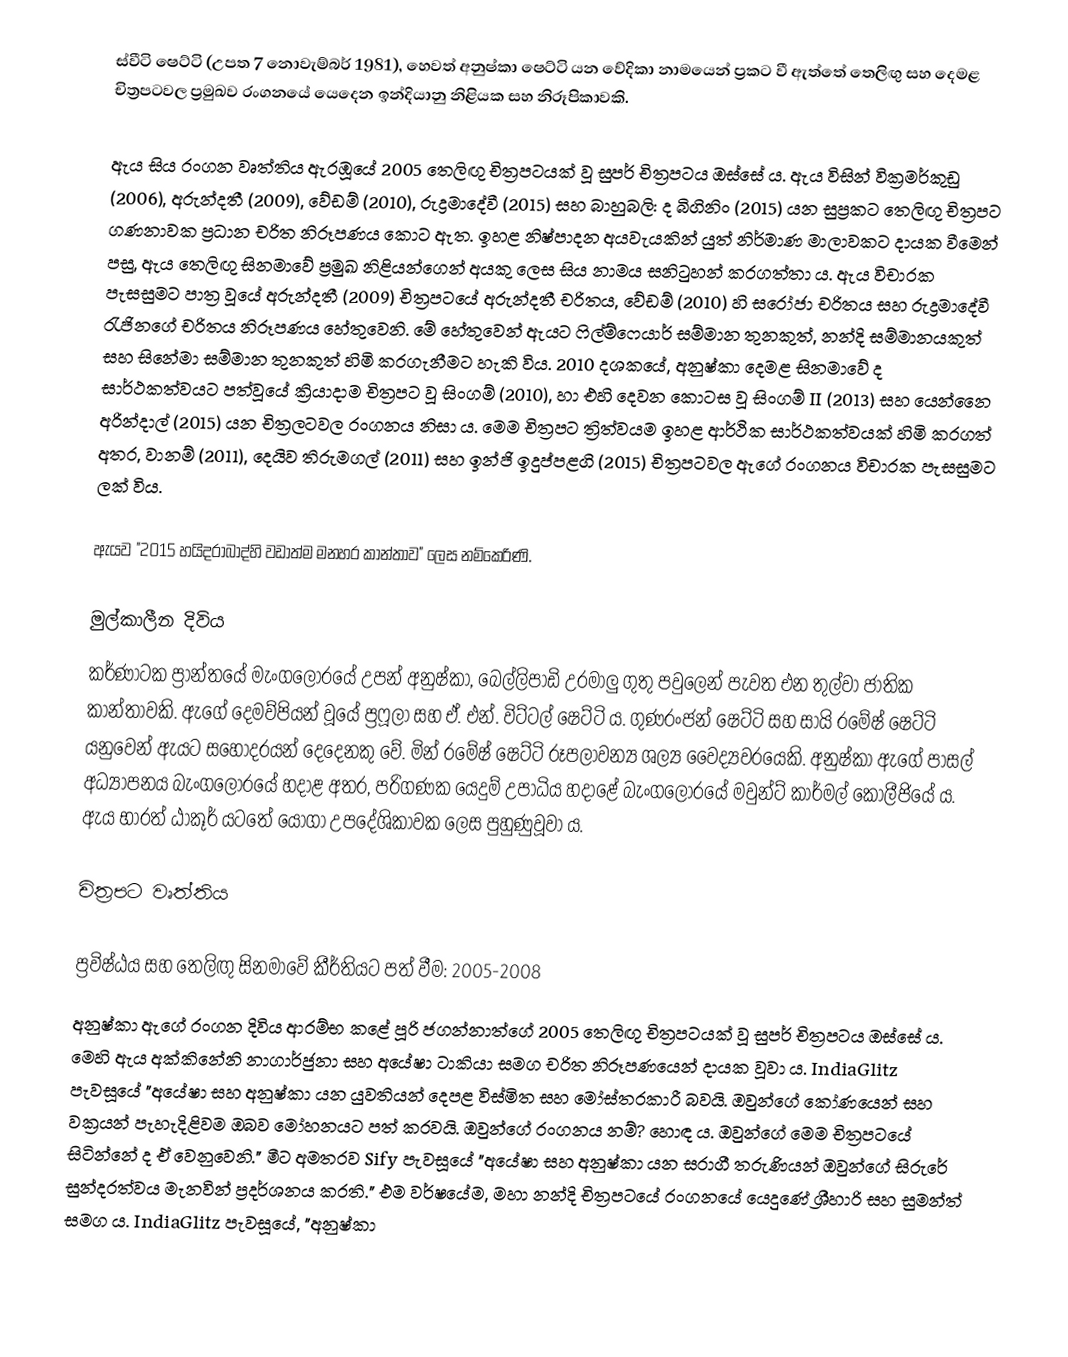
ස්වීටි ෂෙට්ටි (උපත 7 නොවැම්බර් 1981), හෙවත් අනුෂ්කා ෂෙට්ටි යන වේදිකා නාමයෙන් ප්‍රකට වී ඇත්තේ තෙලිඟු සහ දෙමළ චිත්‍රපටවල ප්‍රමුඛව රංගනයේ යෙදෙන ඉන්දියානු නිළියක සහ නිරූපිකාවකි.

ඇය සිය රංගන වෘත්තිය ඇරඹූයේ 2005 තෙලිඟු චිත්‍රපටයක් වූ සුපර් චිත්‍රපටය ඔස්සේ ය. ඇය විසින් වික්‍රමර්කුඩු (2006), අරුන්දතී (2009), වේඩම් (2010), රුද්‍රමාදේවී (2015) සහ බාහුබලි: ද බිගිනිං (2015) යන සුප්‍රකට තෙලිඟු චිත්‍රපට ගණනාවක ප්‍රධාන චරිත නිරූපණය කොට ඇත. ඉහළ නිෂ්පාදන අයවැයකින් යුත් නිර්මාණ මාලාවකට දායක වීමෙන් පසු, ඇය තෙලිඟු සිනමාවේ ප්‍රමුඛ නිළියන්ගෙන් අයකු ලෙස සිය නාමය සනිටුහන් කරගත්තා ය. ඇය විචාරක පැසසුමට පාත්‍ර වූයේ අරුන්දතී (2009) චිත්‍රපටයේ අරුන්දතී චරිතය, වේඩම් (2010) හි සරෝජා චරිතය සහ රුද්‍රමාදේවී රැජිනගේ චරිතය නිරූපණය හේතුවෙනි. මේ හේතුවෙන් ඇයට ෆිල්ම්ෆෙයාර් සම්මාන තුනකුත්, නන්දි සම්මානයකුත් සහ සිනේමා සම්මාන තුනකුත් හිමි කරගැනීමට හැකි විය. 2010 දශකයේ, අනුෂ්කා දෙමළ සිනමාවේ ද සාර්ථකත්වයට පත්වූයේ ක්‍රියාදාම චිත්‍රපට වූ සිංගම් (2010), හා එහි දෙවන කොටස වූ සිංගම් II (2013) සහ යෙන්නෛ අරින්දාල් (2015) යන චිත්‍රලටවල රංගනය නිසා ය. මෙම චිත්‍රපට ත්‍රිත්වයම ඉහළ ආර්ථික සාර්ථකත්වයක් හිමි කරගත් අතර, වානම් (2011), දෙයිව තිරුමගල් (2011) සහ ඉන්ජි ඉදුප්පළගි (2015) චිත්‍රපටවල ඇගේ රංගනය විචාරක පැසසුමට ලක් විය.

ඇයව "2015 හයිදරාබාද්හි වඩාත්ම මනහර කාන්තාව" ලෙස නම්කෙරිණි.

මුල්කාලීන දිවිය
කර්ණාටක ප්‍රාන්තයේ මැංගලෝරයේ උපන් අනුෂ්කා, බෙල්ලිපාඩි උරමාලු ගුතු පවුලෙන් පැවත එන තුල්වා ජාතික කාන්තාවකි. ඇගේ දෙමව්පියන් වූයේ ප්‍රෆූලා සහ ඒ. එන්. විට්ටල් ෂෙට්ටි ය. ගුණරංජන් ෂෙට්ටි සහ සායි රමේෂ් ෂෙට්ටි යනුවෙන් ඇයට සහෝදරයන් දෙදෙනකු වේ. මින් රමේෂ් ෂෙට්ටි රූපලාවන්‍ය ශල්‍ය වෛද්‍යවරයෙකි. අනුෂ්කා ඇගේ පාසල් අධ්‍යාපනය බැංගලෝ‍රයේ හදාළ අතර, පරිගණක යෙදුම් උපාධිය හදාළේ බැංගලෝරයේ මවුන්ට් කාර්මල් කොලීජියේ ය. ඇය භාරත් ඨාකූර් යටතේ යෝගා උපදේශිකාවක ලෙස පුහුණුවූවා ය.

චිත්‍රපට වෘත්තිය

ප්‍රවිෂ්ඨය සහ තෙලිඟු සිනමාවේ කීර්තියට පත් වීම: 2005-2008
අනුෂ්කා ඇගේ රංගන දිවිය ආරම්භ කළේ පූරි ජගන්නාත්ගේ 2005 තෙලිඟු චිත්‍රපටයක් වූ සුපර් චිත්‍රපටය ඔස්සේ ය. මෙහි ඇය අක්කිනේනි නාගාර්ජුනා සහ අයේෂා ටාකියා සමග චරිත නිරූපණයෙන් දායක වූවා ය. IndiaGlitz පැවසූයේ "අයේෂා සහ අනුෂ්කා යන යුවතියන් දෙපළ විස්මිත සහ මෝස්තරකාරී බවයි. ඔවුන්ගේ කෝණයෙන් සහ වක්‍රයන් පැහැදිළිවම ඔබව මෝහනයට පත් කරවයි. ඔවුන්ගේ රංගනය නම්? හොඳ ය. ඔවුන්ගේ මෙම චිත්‍රපටයේ සිටින්නේ ද ඒ වෙනුවෙනි." මීට අමතරව Sify පැවසූයේ "අයේෂා සහ අනුෂ්කා යන සරාගී තරුණියන් ඔවුන්ගේ සිරුරේ සුන්දරත්වය මැනවින් ප්‍රදර්ශනය කරති." එම වර්ෂයේම, මහා නන්දි චිත්‍රපටයේ රංගනයේ යෙදුණේ ශ්‍රීහාරි සහ සුමන්ත් සමග ය. IndiaGlitz පැවසූයේ, "අනුෂ්කා